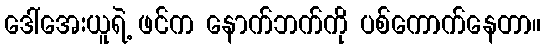
ဒေါ်အေးယူရဲ့ ဖင်က နောက်ဘက်ကို ပစ်ကောက်နေတာ။